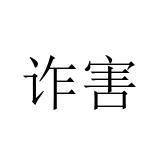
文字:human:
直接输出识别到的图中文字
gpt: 诈害